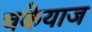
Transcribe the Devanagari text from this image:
चकेयाज